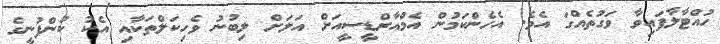
ހުއްޓާލާފައިވާ ވަގުތެއްގަ އެވެ. އެހެންކަމުން އެމްއާރްޑީސީއަށް އަލަށް ލިބުނު ވެހިކަލްތަކާއި އެކު ކުންފުނީގެ